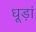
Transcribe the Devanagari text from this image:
धूड़ां